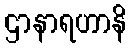
ဌာနာရဟာနိ